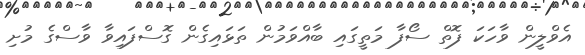
އެވްލީން ވާހަކަ ފޮތް ސޯފާ މަތީގައި ބާއްވަމުން ތަޅައިގެން ގޮސްފައިވާ ވާސްގެ މުށި